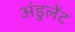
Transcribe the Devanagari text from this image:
अंडुलेंट